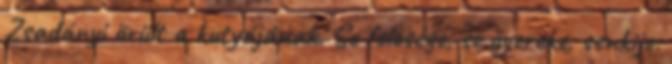
Zsadányi örült a kutyájának. Se felesége, se gyereke, senkije.